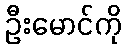
ဦးမောင်ကို